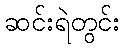
ဆင်းရဲတွင်း